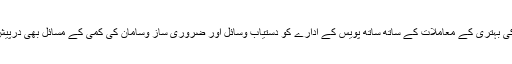
اہلیت کی بہتری کے معاملات کے ساتھ ساتھ پویس کے ادارے کو دستیاب وسائل اور ضروری ساز وسامان کی کمی کے مسائل بھی درپیش ہیں ۔